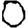
Digit: 0